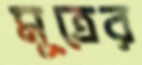
মূত্রের